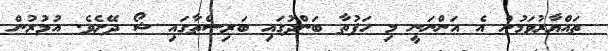
ތައްޔާރުވަމުން އެ އަންނަނީ މި ހަފުތާ ބަންދުގައި ބަރިސްތާގައި ޝޯ ދޭށެވެ. އުމުރުން